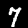
Digit: 7